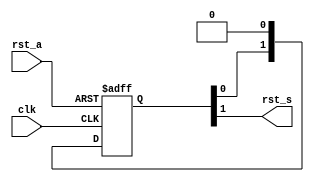
module  omsp_sync_reset (
    rst_s,                        
    clk,                          
    rst_a                         
);
output              rst_s;        
input               clk;          
input               rst_a;        
reg    [1:0] data_sync;
always @(posedge clk or posedge rst_a)
  if (rst_a) data_sync <=  2'b11;
  else       data_sync <=  {data_sync[0], 1'b0};
assign       rst_s      =   data_sync[1];
endmodule